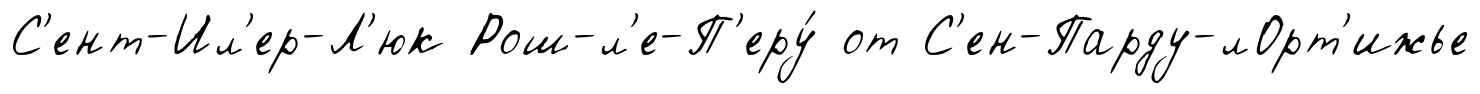
С'ент-Ил'ер-Л'юк Рош-л'е-П'еру́ от С'ен-Парду-лОрт'ижье